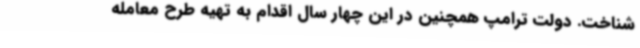
شناخت. دولت ترامپ همچنین در این چهار سال اقدام به تهیه طرح معامله